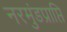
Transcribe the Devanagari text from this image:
नरमुंडप्राप्ति